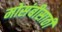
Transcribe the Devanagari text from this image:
मोसंबीसाठी